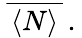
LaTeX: \: \overline{{{\, \langle N\rangle\, }}}\, .\: